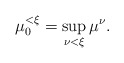
\begin{align*}\mu_0^{<\xi} = \sup_{ \nu < \xi} \mu^{\nu}.\end{align*}